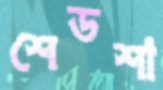
শেডশা